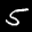
Label: 5